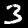
Digit: 3